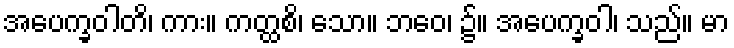
အပေက္ခဝါတိ၊ ကား။ ကတ္ထစိ၊ သော။ ဘဝေ၊ ၌။ အပေက္ခဝါ၊ သည်။ မာ